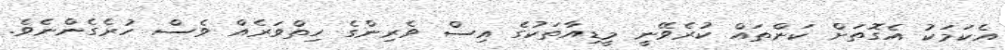
އެކަމަކު އެގޮތަށް ކަންތައް ކުރެވޭނީ މީޑިއާތަކުގެ އިސް ވެރިންގެ ހިތްވަރެއް ވެސް ހުރެގެންނެވެ.